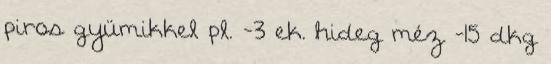
piros gyümikkel pl. -3 ek. hideg méz -15 dkg